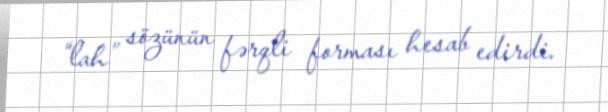
“lah” sözünün fərqli forması hesab edirdi.